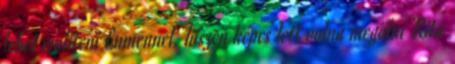
lehet említeni Lumennel, hiszen képes lett volna megölni Rita